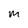
Character: M